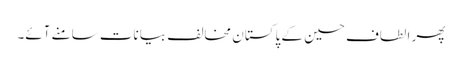
پھر الطاف حسین کے پاکستان مخالف بیانات سامنے آئے۔